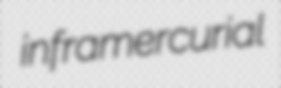
inframercurial